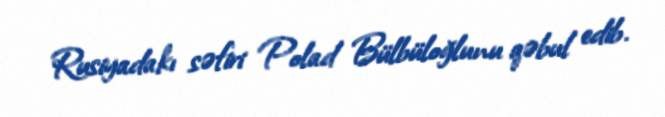
Rusiyadakı səfiri Polad Bülbüloğlunu qəbul edib.